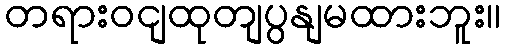
တရားဝငျထုတျပွနျမထားဘူး။